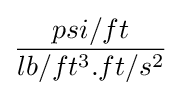
{\frac {psi/ft}{lb/ft^{3}.ft/s^{2}}}